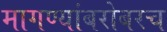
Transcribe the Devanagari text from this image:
मागण्यांबरोबरच